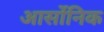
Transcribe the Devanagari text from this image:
आर्सोनिक